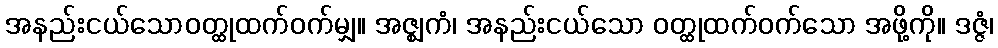
အနည်းငယ်သောဝတ္ထုထက်ဝက်မျှ။ အဇ္ဈကံ၊ အနည်းငယ်သော ဝတ္ထုထက်ဝက်သော အဖို့ကို။ ဒဇ္ဇံ၊